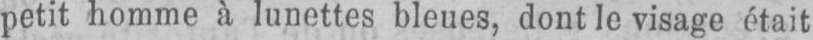
petit homme à lunettes bleues, dont le visage était